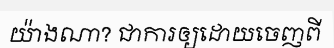
យ៉ាងណា? ជាការឲ្យដោយចេញពី